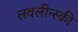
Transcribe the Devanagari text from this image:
लवलीन्स्की